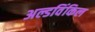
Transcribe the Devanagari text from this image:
अल्डविंकिल